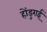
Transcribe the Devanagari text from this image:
होंडुराई